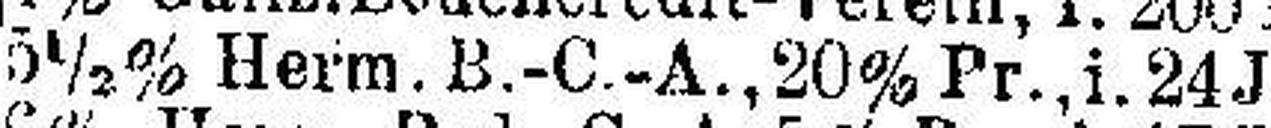
5½% Herm. B.-C.-A., 20% Pr., i. 24 J. v.